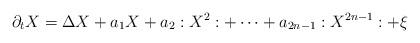
LaTeX: \begin{align*}\partial_t X = \Delta X + a_1 X + a_2 :X^{2}: + \dots + a_{2n-1} :X^{2n-1}: + \xi \end{align*}